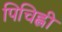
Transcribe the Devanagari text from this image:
पिचिह्ली